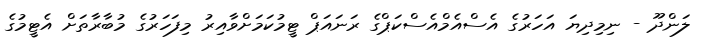
ލަންދޫ - ނިމިދިޔަ އަހަރުގެ އެސްއެމްއެސްކަޕްގެ ރަނައަޕް ޓީމުކަމަށްވާއިރު މިފަހަރުގެ މުބާރާތަށް އެޓީމުގެ